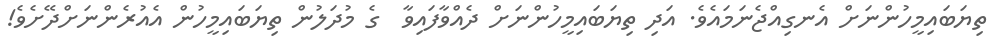
ތިޔަބައިމީހުންނަށް އެނގިއްޖެނަމައެވެ. އަދި ތިޔަބައިމީހުންނަށް ދެއްވާފައިވާ  ގެ މުދަލުން ތިޔަބައިމީހުން އެއުރެންނަށްދޭށެވެ!